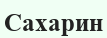
Сахарин